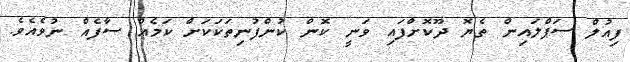
ފިއުލް ސަޕްލައިން ތެޔޮ ދޫކޮށްފައި ވަނީ ކޮން ކުންފުނިތަކަކަށް ކަމެއް ސާފެއް ނުވެއެވެ.